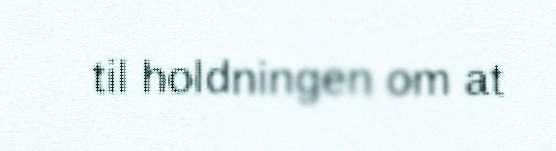
til holdningen om at